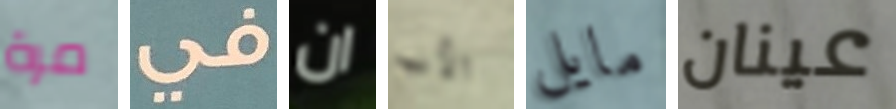
مرة في ان الأب مايل عينان